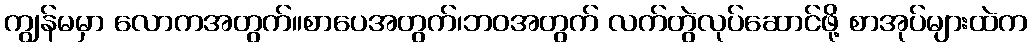
ကျွန်မမှာ လောကအတွက်။စာပေအတွက်၊ဘဝအတွက် လက်တွဲလုပ်ဆောင်ဖို့ စာအုပ်များထဲက